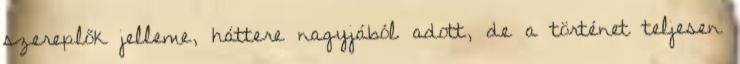
szereplők jelleme, háttere nagyjából adott, de a történet teljesen